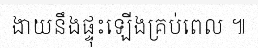
ងាយនឹងផ្ទុះឡើងគ្រប់ពេល ៕